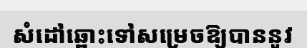
សំដៅឆ្ពោះទៅសម្រេចឱ្យបាននូវ